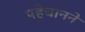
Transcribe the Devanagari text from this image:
पहेचानने